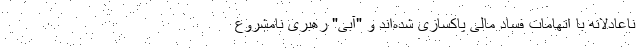
ناعادلانه با اتهامات فساد مالی پاکسازی شده‌اند و "آبی" رهبری نامشروع